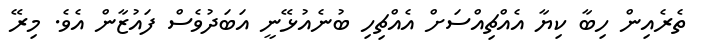
ތެރެއިން ހިބާ ކިޔާ އެއްޗިއްސަށް އެއްޗިހި ބުނެއުޅޭނީ އަބަދުވެސް ފައުޒާން އެވެ. މިރޭ